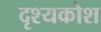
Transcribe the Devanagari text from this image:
दृश्यकोश